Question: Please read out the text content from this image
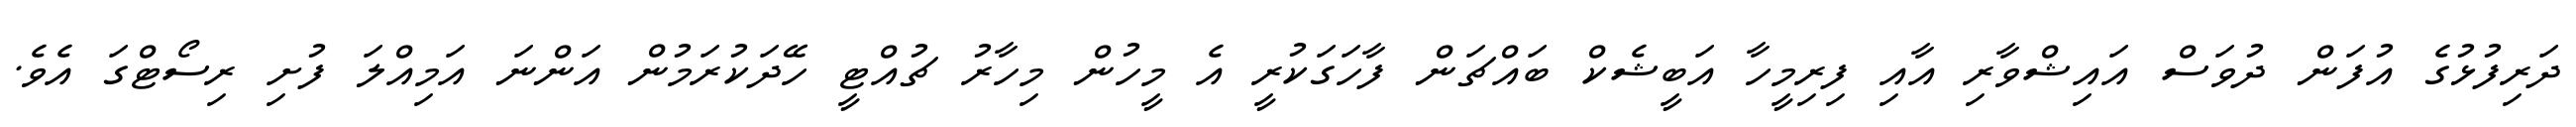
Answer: ދަރިފުޅުގެ އުފަން ދުވަސް އައިޝްވާރި އާއި ފިރިމީހާ އަބީޝެކް ބައްޗަން ފާހަގަކުރީ އެ މީހުން މިހާރު ޗުއްޓީ ހޭދަކުރަމުން އަންނަ އަމިއްލަ ފުށި ރިސޯޓްގަ އެވެ.